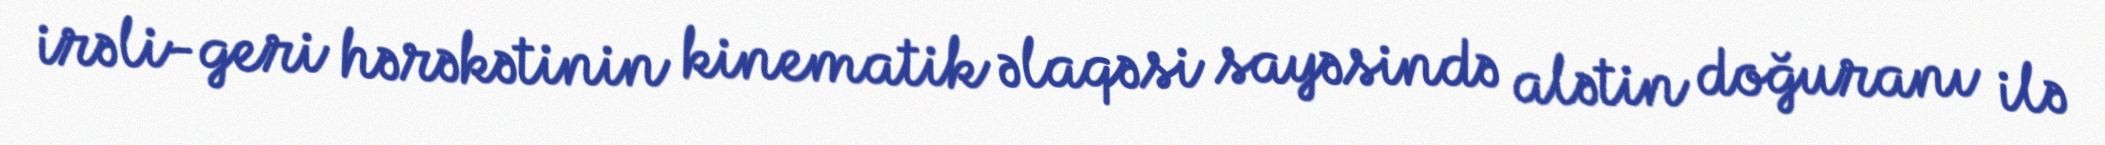
irəli-geri hərəkətinin kinematik əlaqəsi sayəsində alətin doğuranı ilə